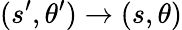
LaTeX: (s^{\prime},\theta^{\prime})\to(s,\theta)